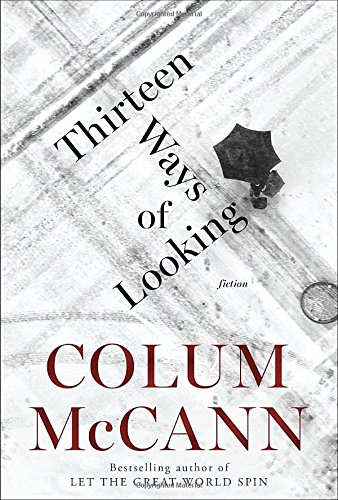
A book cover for Thirteen Ways of Looking: Fiction; Colum McCann; Literature & Fiction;